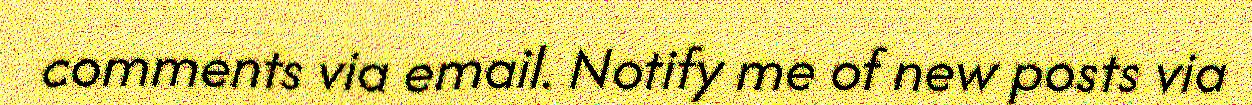
comments via email. Notify me of new posts via